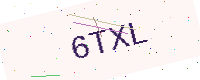
Text: 6TXL